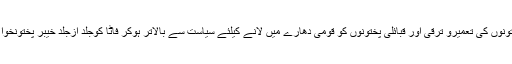
انھوں نے کہا کہ پختونوں کی تعمیرو ترقی اور قبائلی پختونوں کو قومی دھارے میں لانے کیلئے سیاست سے بالاتر ہوکر فاٹا کوجلد ازجلد خیبر پختونخوا کا حصہ بنایا جائے۔